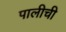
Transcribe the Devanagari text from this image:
पालीची